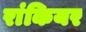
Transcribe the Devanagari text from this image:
रांकियर